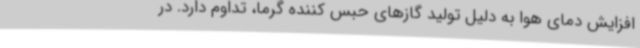
افزایش دمای هوا به دلیل تولید گازهای حبس کننده گرما، تداوم دارد. در